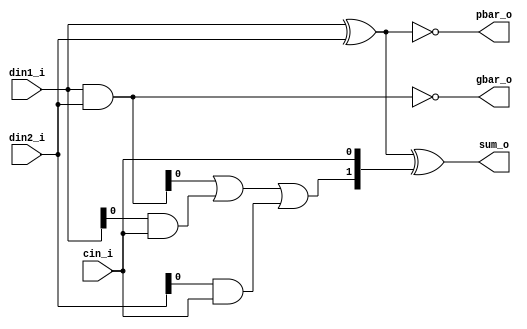
`timescale 1ns/1ps
module fa_2 (
  din1_i,
  din2_i,
  cin_i,
  sum_o,
  pbar_o,
  gbar_o
);

input [1:0] din1_i, din2_i;
input cin_i;
output [1:0] sum_o, pbar_o, gbar_o;

wire c;
wire [1:0] g, p;

assign c = (din1_i & din2_i) | (din1_i & cin_i) | (din2_i & cin_i);
assign sum_o = din1_i ^ din2_i ^ {c, cin_i};

assign pbar_o = ~(din1_i ^ din2_i);
assign gbar_o = ~(din1_i & din2_i);

endmodule